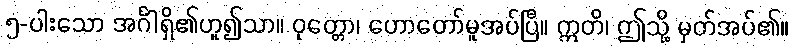
၅-ပါးသော အင်္ဂါရှိ၏ဟူ၍သာ။ ဝုတ္တော၊ ဟောတော်မူအပ်ပြီ။ ဣတိ၊ ဤသို့ မှတ်အပ်၏။